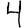
Digit: 4